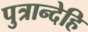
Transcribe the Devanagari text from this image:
पुत्रान्देहि